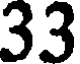
33